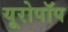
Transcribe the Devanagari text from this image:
यूरोपॉप